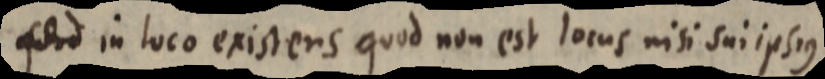
_ in loco existens quod non est locus nisi sui ipsius